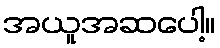
အယူအဆပေါ့။